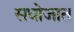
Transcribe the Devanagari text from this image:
सधोजात